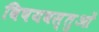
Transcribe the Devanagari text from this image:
विषयवस्‍तुओं